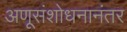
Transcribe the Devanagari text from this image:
अणूसंशोधनानंतर